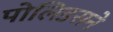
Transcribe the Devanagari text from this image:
पोलिडसने